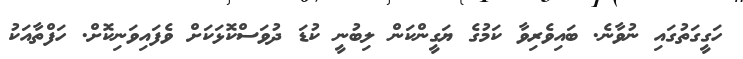
ހަގީގަތުގައި ނުވާނެ. ބައިވެރިވާ ކަމުގެ ޔަގީންކަން ލިބުނީ ކުޑަ ދުވަސްކޮޅަކަށް ވެފައިވަނިކޮށް. ހަފްތާއަކު